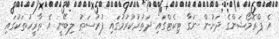
އެ ޕްރޮމޯޝަންގެ ދަށުން ނަގާ ޓިކެޓްގައި ދަތުރުކުރުމުގައި ފުރުސަތު ލިބޭނީ އެ ތާރީހުތަކުގައި